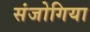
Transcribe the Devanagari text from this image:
संजोगिया